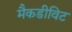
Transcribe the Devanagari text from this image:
मैकडीविट